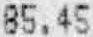
85.45